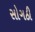
સોગઠી